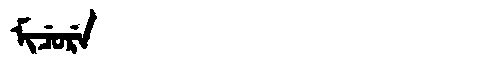
Manchu: ᠮᡳᠴᡠᡵᡝ
Romanization: MICURE